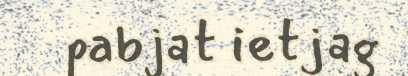
pabjat ietjag